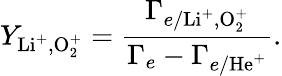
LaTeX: Y_{\mathrm{Li^{+},O_{2}^{+}}}=\frac{\Gamma_{e/\mathrm{Li^{+},O_{2}^{+}}}}{\Gamma_{e}-\Gamma_{e/\mathrm{He^{+}}}}.